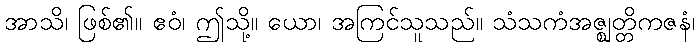
အာသိ၊ ဖြစ်၏။ ဧဝံ၊ ဤသို့။ ယော၊ အကြင်သူသည်။ သံသကံအဇ္ဈတ္တိကဇနံ၊